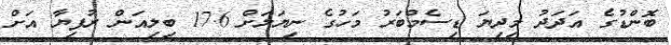
ބޮންޑުގެ އަދަދު މިދިޔަ ޑިސެމްބަރު މަހުގެ ނިޔަލަށް 17.6 ބިލިއަން ރުފިޔާ އަށް